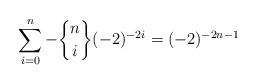
LaTeX: \begin{align*} \sum\limits_{i=0}^{n} -{n \brace i}(-2)^{-2i} = (-2)^{-2n-1}\end{align*}